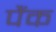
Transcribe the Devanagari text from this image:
पैंक